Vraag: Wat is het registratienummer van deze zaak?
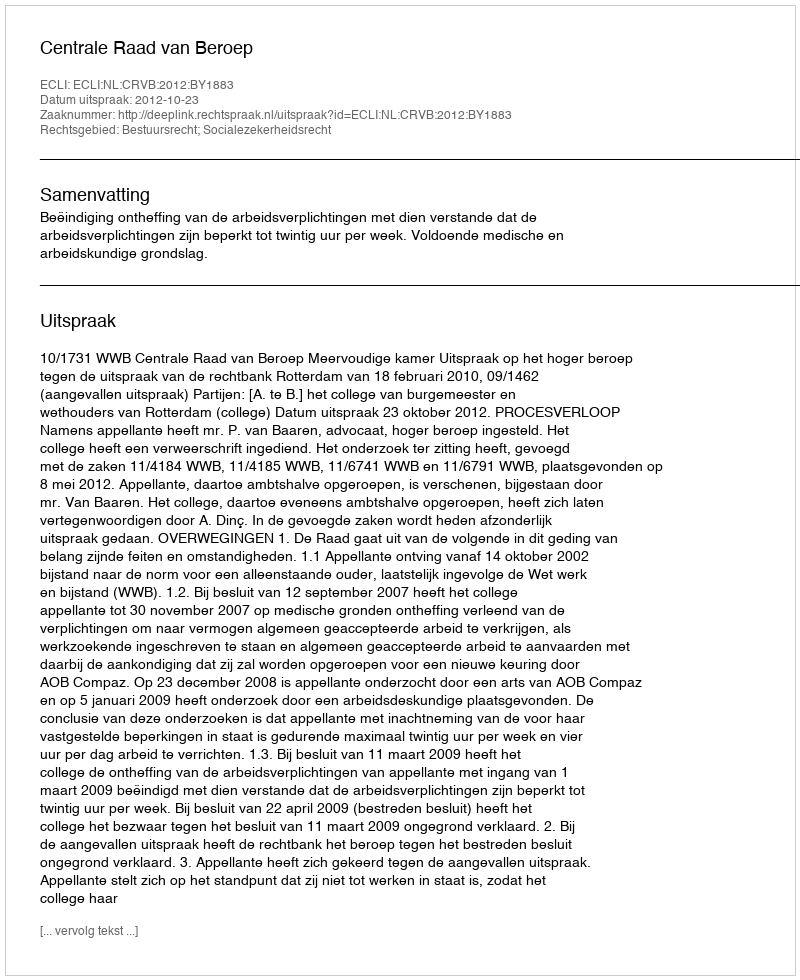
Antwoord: http://deeplink.rechtspraak.nl/uitspraak?id=ECLI:NL:CRVB:2012:BY1883